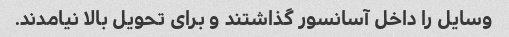
وسایل را داخل آسانسور گذاشتند و برای تحویل بالا نیامدند.